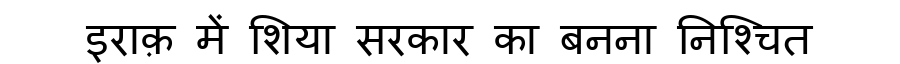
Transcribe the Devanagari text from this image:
इराक़ में शिया सरकार का बनना निश्चित